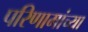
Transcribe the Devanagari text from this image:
परिणामांच्या